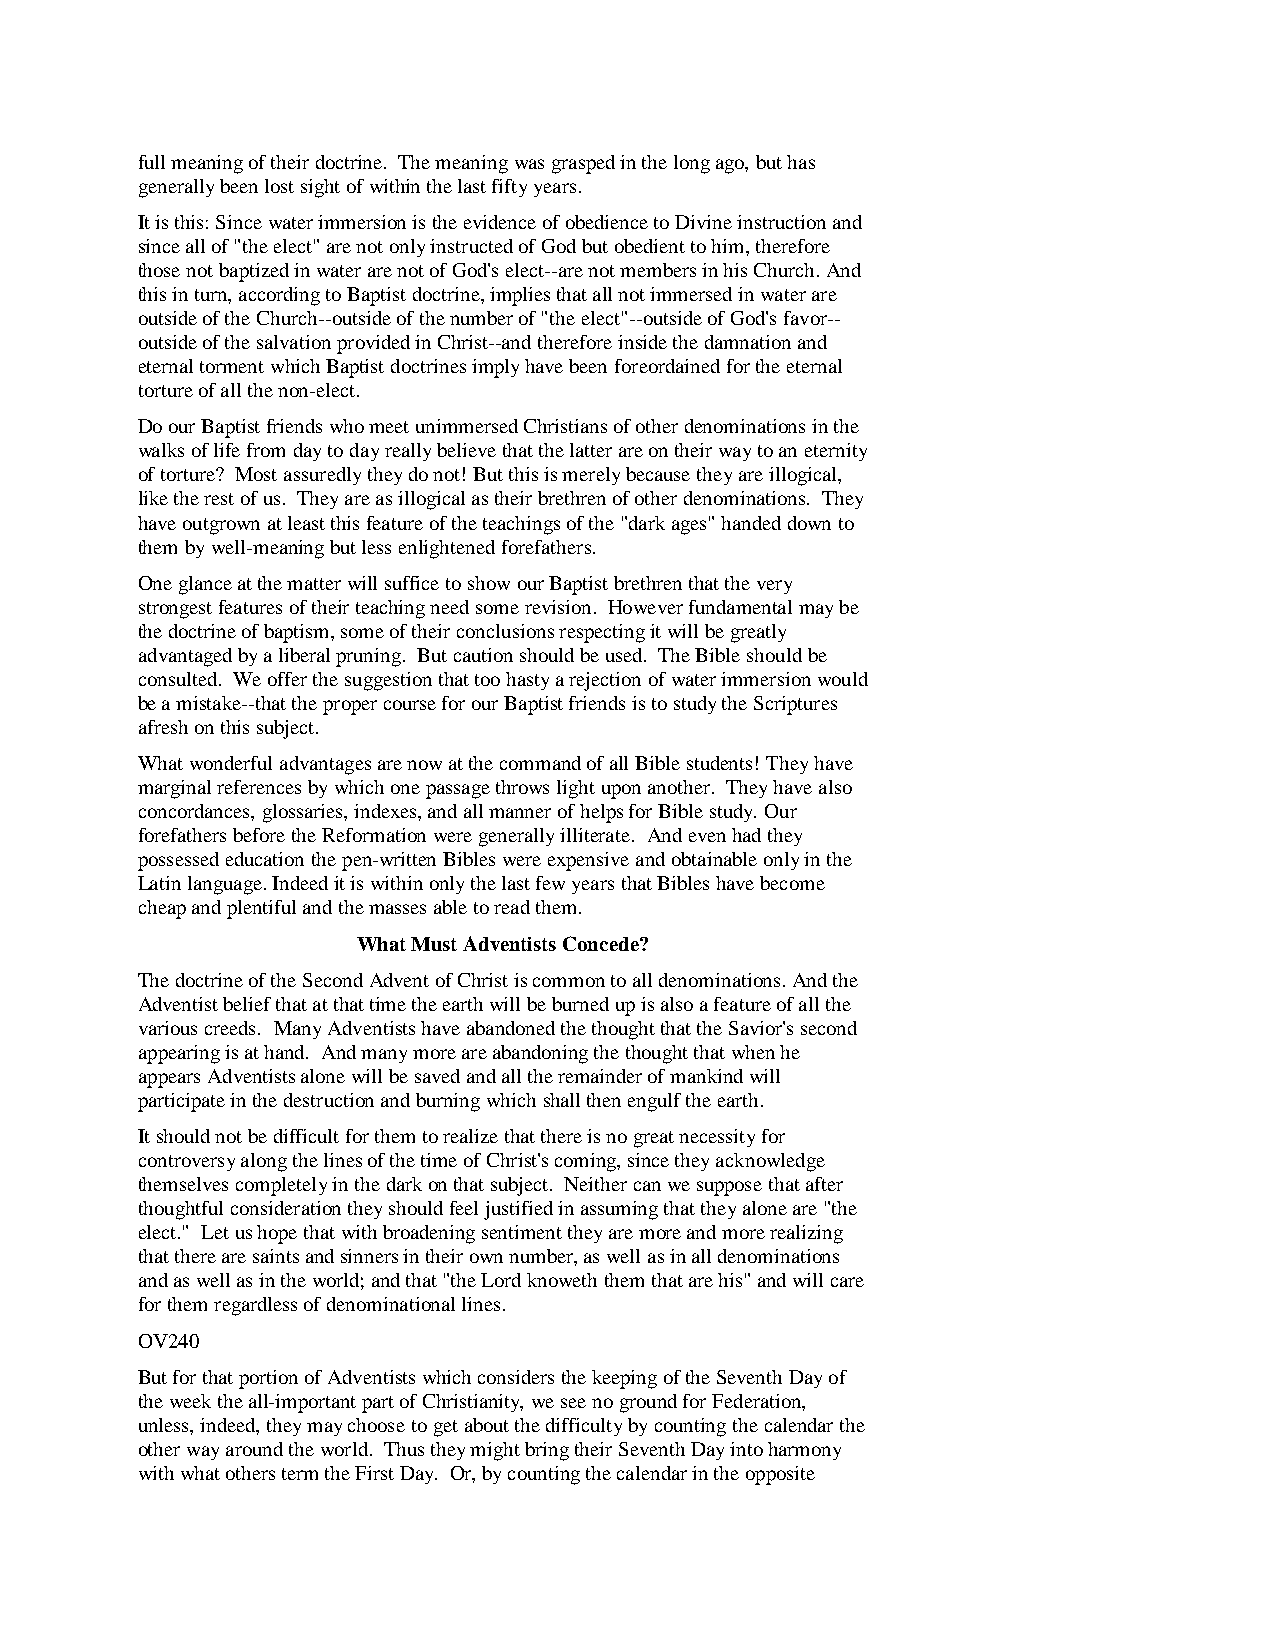
full meaning of their doctrine. The meaning was grasped in the long ago, but has
 generally been lost sight of within the last fifty years.
 It is this: Since water immersion is the evidence of obedience to Divine instruction and
 since all of "the elect" are not only instructed of God but obedient to him, therefore
 those not baptized in water are not of God's elect--are not members in his Church. And
 this in turn, according to Baptist doctrine, implies that all not immersed in water are
 outside of the Church--outside of the number of "the elect"--outside of God's favor--
 outside of the salvation provided in Christ--and therefore inside the damnation and
 eternal torment which Baptist doctrines imply have been foreordained for the eternal
 torture of all the non-elect.
 Do our Baptist friends who meet unimmersed Christians of other denominations in the
 walks of life from day to day really believe that the latter are on their way to an eternity
 of torture? Most assuredly they do not! But this is merely because they are illogical,
 like the rest of us. They are as illogical as their brethren of other denominations. They
 have outgrown at least this feature of the teachings of the "dark ages" handed down to
 them by well-meaning but less enlightened forefathers.
 One glance at the matter will suffice to show our Baptist brethren that the very
 strongest features of their teaching need some revision. However fundamental may be
 the doctrine of baptism, some of their conclusions respecting it will be greatly
 advantaged by a liberal pruning. But caution should be used. The Bible should be
 consulted. We offer the suggestion that too hasty a rejection of water immersion would
 be a mistake--that the proper course for our Baptist friends is to study the Scriptures
 afresh on this subject.
 What wonderful advantages are now at the command of all Bible students! They have
 marginal references by which one passage throws light upon another. They have also
 concordances, glossaries, indexes, and all manner of helps for Bible study. Our
 forefathers before the Reformation were generally illiterate. And even had they
 possessed education the pen-written Bibles were expensive and obtainable only in the
 Latin language. Indeed it is within only the last few years that Bibles have become
 cheap and plentiful and the masses able to read them.
 What Must Adventists Concede?
 The doctrine of the Second Advent of Christ is common to all denominations. And the
 Adventist belief that at that time the earth will be burned up is also a feature of all the
 various creeds. Many Adventists have abandoned the thought that the Savior's second
 appearing is at hand. And many more are abandoning the thought that when he
 appears Adventists alone will be saved and all the remainder of mankind will
 participate in the destruction and burning which shall then engulf the earth.
 It should not be difficult for them to realize that there is no great necessity for
 controversy along the lines of the time of Christ's coming, since they acknowledge
 themselves completely in the dark on that subject. Neither can we suppose that after
 thoughtful consideration they should feel justified in assuming that they alone are "the
 elect." Let us hope that with broadening sentiment they are more and more realizing
 that there are saints and sinners in their own number, as well as in all denominations
 and as well as in the world; and that "the Lord knoweth them that are his" and will care
 for them regardless of denominational lines.
 OV240
 But for that portion of Adventists which considers the keeping of the Seventh Day of
 the week the all-important part of Christianity, we see no ground for Federation,
 unless, indeed, they may choose to get about the difficulty by counting the calendar the
 other way around the world. Thus they might bring their Seventh Day into harmony
 with what others term the First Day. Or, by counting the calendar in the opposite